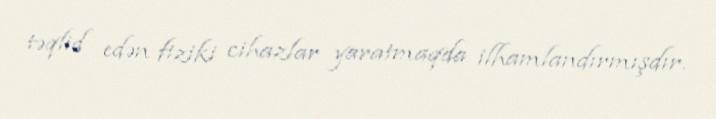
təqlid edən fiziki cihazlar yaratmaqda ilhamlandırmışdır.